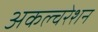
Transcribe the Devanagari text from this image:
अकल्चरेशन